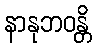
နာနုဘဝန္တိ